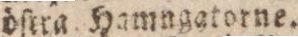
dſtra. Hamngatorne.